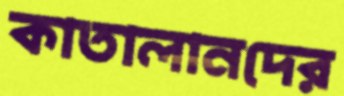
কাতালানদের